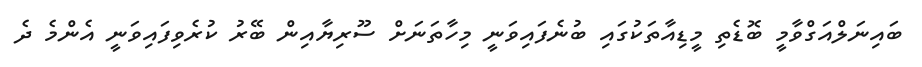
ބައިނަލްއަގްވާމީ ބޮޑެތި މީޑިއާތަކުގައި ބުނެފައިވަނީ މިހާތަނަށް ސޫރިޔާއިން ބޭރު ކުރެވިފައިވަނީ އެންމެ ދެ